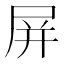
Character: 屏